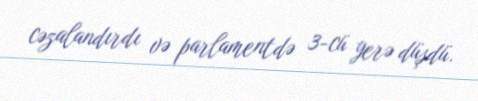
cəzalandırdı və parlamentdə 3-cü yerə düşdü.